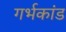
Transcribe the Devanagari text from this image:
गर्भकांड